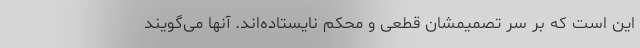
این است که بر سر تصمیمشان قطعی و محکم نایستاده‌اند. آنها می‌گویند